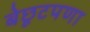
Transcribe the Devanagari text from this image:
बेछूटपणा